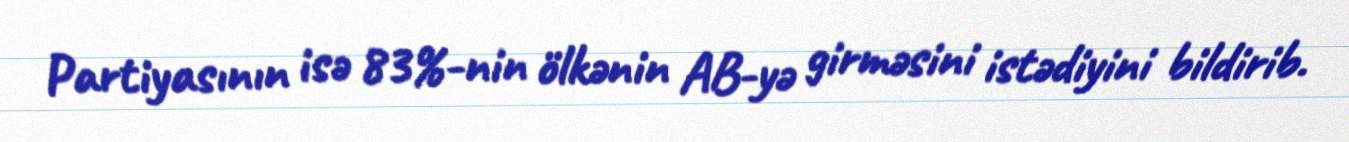
Partiyasının isə 83%-nin ölkənin AB-yə girməsini istədiyini bildirib.